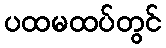
ပထမထပ်တွင်